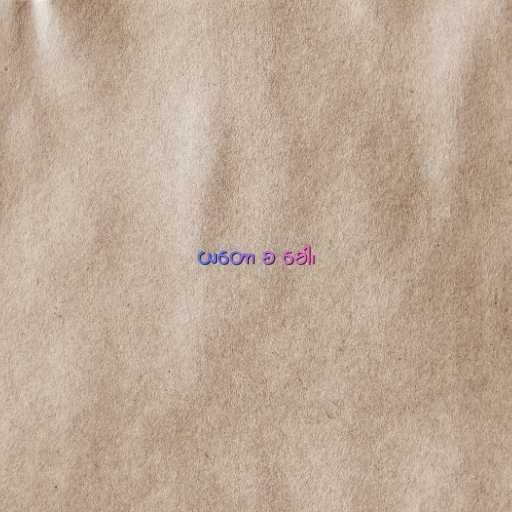
ယတော စ ခေါ၊